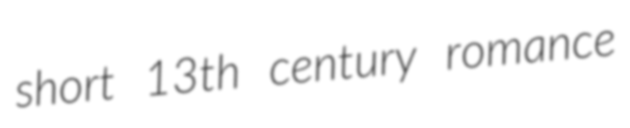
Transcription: short 13th century romance